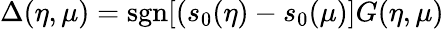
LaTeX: \Delta(\eta,\mu)=\mathrm{sgn}[(s_{0}(\eta)-s_{0}(\mu)]G(\eta,\mu)